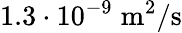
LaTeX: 1.3\cdot 10^{-9}\; \mathrm{m}^{2}/\mathrm{s}